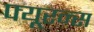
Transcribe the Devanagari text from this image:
फ्यूरन्स